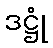
ဒဋ္ဌုံ